Civil Veterinary Dept. Assam report 1911-1927 - 1911-1927
Year: 1911
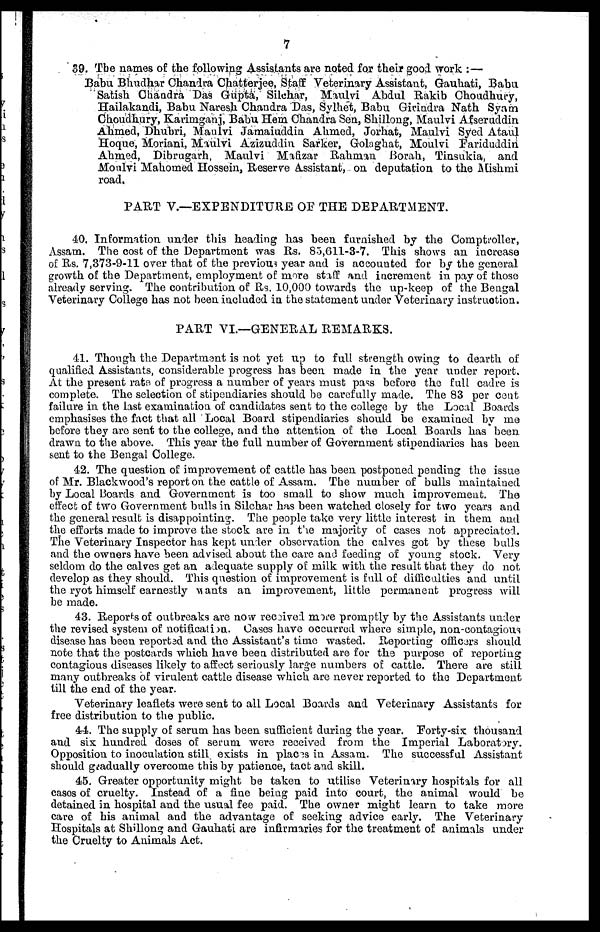
7
39. The names of the following Assistants are noted for their good work :—
Babu Bhudhar Chandra Chatterjee, Staff Veterinary Assistant, Gauhati, Babu
Satish Chandra Das Gupta, Silchar, Maulvi Abdul Rakib Choudhury,
Hailakandi, Babu Naresh Chandra Das, Sylhet, Babu Girindra Nath Syam
Choudhury, Karimganj, Babu Hem Chandra Sen, Shillong, Maulvi Afseruddin
Ahmed, Dhubri, Maulvi Jamaiuddin Ahmed, Jorhat, Maulvi Syed Ataul
Hoque, Moriani, Maulvi Azizuddin Sarker, Golaghat, Moulvi Fariduddin
Ahmed, Dibrugarh, Maulvi Mafizar Rahman Borah, Tinsukia, and
Moulvi Mahomed Hossein, Reserve Assistant, on deputation to the Mishmi
road.
PART V.—EXPENDITURE OF THE DEPARTMENT.
40. Information under this heading has been furnished by the Comptroller,
Assam. The cost of the Department was Rs. 85,611-3-7. This shows an increase
of Rs. 7,373-9-11 over that of the previous year and is accounted for by the general
growth of the Department, employment of more staff and increment in pay of those
already serving. The contribution of Rs. 10,000 towards the up-keep of the Bengal
Veterinary College has not been included in the statement under Veterinary instruction.
PART VI.—GENERAL REMARKS.
41. Though the Department is not yet up to full strength owing to dearth of
qualified Assistants, considerable progress has been made in the year under report.
At the present rata of progress a number of years must pass before tho full cadre is
complete. The selection of stipendiaries should be carefully made. The 83 per cent
failure in the last examination of candidates sent to the college by the Local Boards
emphasises the fact that all Local Board stipendiaries should be examined by me
before they are sent to the college, and the attention of the Local Boards has been
drawn to the above. This year the full number of Government stipendiaries has been
sent to the Bengal College.
42. The question of improvement of cattle has been postponed pending the issue
of Mr. Blackwood's report on the cattle of Assam. The number of bulls maintained
by Local Boards and Government is too small to show much improvement. The
effect of two Government bulls in Silchar has been watched closely for two years and
the general result is disappointing. The people take very little interest in them and
the efforts made to improve the stock are in the majority of cases not appreciated.
The Veterinary Inspector has kept under observation the calves got by these bulls
and the owners have been advised about the care and feeding of young stock. Very
seldom do the calves get an adequate supply of milk with the result that they do not
develop as they should. This question of improvement is full of difficulties and until
the ryot himself earnestly wants an improvement, little permanent progress will
be made.
43. Reports of outbreaks are now received more promptly by the Assistants under
the revised system of notification. Cases have occurred where simple, non-contagious
disease has been reported and the Assistant's time wasted. Reporting officers should
note that the postcards which have been distributed are for the purpose of reporting
contagious diseases likely to affect seriously large numbers of cattle. There are still
many outbreaks of virulent cattle disease which are never reported to the Department
till the end of the year.
Veterinary leaflets were sent to all Local Boards and Veterinary Assistants for
free distribution to the public.
44. The supply of serum has been sufficient during the year. Forty-six thousand
and six hundred doses of serum were received from the Imperial Laboratory.
Opposition to inoculation still, exists in places in Assam. The successful Assistant
should gradually overcome this by patience, tact and skill.
45. Greater opportunity might be taken to utilise Veterinary hospitals for all
cases of cruelty. Instead of a fine being paid into court, the animal would be
detained in hospital and the usual fee paid. The owner might learn to take more
care of his animal and the advantage of seeking advice early. The Veterinary
Hospitals at Shillong and Gauhati are infirmaries for the treatment of animals under
the Cruelty to Animals Act.